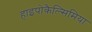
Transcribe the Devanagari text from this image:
हाइपोकैल्सिमिया